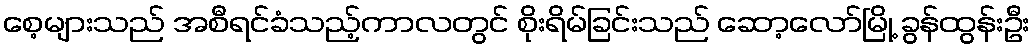
စေ့များသည် အစီရင်ခံသည့်ကာလတွင် စိုးရိမ်ခြင်းသည် ဆော့လော်မြို့ ခွန်ထွန်းဦး